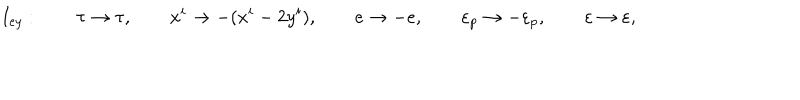
I _ { e y } : \qquad \tau \rightarrow \tau , \qquad x ^ { i } \rightarrow - ( x ^ { i } - 2 y ^ { i } ) , \qquad e \rightarrow - e , \qquad \varepsilon _ { p } \rightarrow - \varepsilon _ { p } , \qquad \varepsilon \rightarrow \varepsilon ,